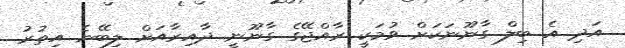
އަދި އެ ބިލް ގާނޫނަކަށް ވުމަކީ ރާއްޖޭގެ ގާނޫނީ ދާއިރާއަށް ލިބޭނެ އިތުރު